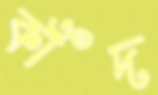
কাঁদ